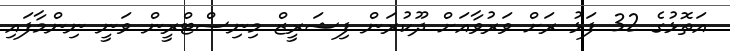
އަތޮޅުގެ 32 ފަޅު ރަށް ވަރުވާއަށް ދޫކުރަން ފިޝަރީޒް މިނިސްޓްރީން ވަނީ ނިންމާފައި